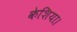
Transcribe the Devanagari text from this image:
केशिया।